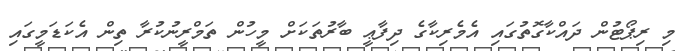
މި ރިޕޯޓުން ދައްކާގޮތުގައި އެމެރިކާގެ ދިފާޢީ ބާރުތަކަށް މީހުން ތަމްރީނުކުރާ ތިން އެކަޑަމީގައި